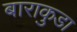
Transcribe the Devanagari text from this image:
बाराकुडा